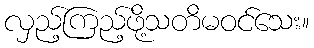
လှည့်ကြည့်ဖို့သတိမဝင်သေး။